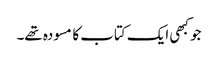
جو کبھی ایک کتاب کا مسودہ تھے۔